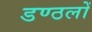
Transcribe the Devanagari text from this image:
डण्ठलों